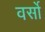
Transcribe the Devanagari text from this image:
वर्सो